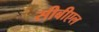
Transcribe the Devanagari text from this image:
सीबीएल